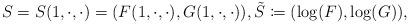
LaTeX: \begin{align*}S=S(1,\cdot, \cdot) = (F(1,\cdot, \cdot), G(1,\cdot , \cdot)), \tilde S \coloneqq (\log (F), \log(G)),\end{align*}